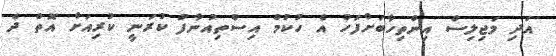
އަދި މަޖިލިސް އިންތިހާބަށްފަހު އެ ހުކުމް އިސްތިއުނާފު ކުރަނީ ކުރިއަށް އޮތް ދެ